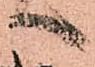
へ